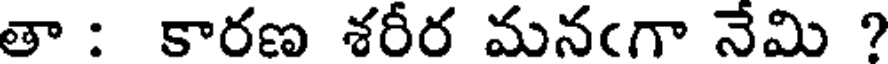
తా : కారణ శరీర మనఁగా నేమి ?